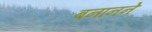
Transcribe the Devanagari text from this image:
बनानने